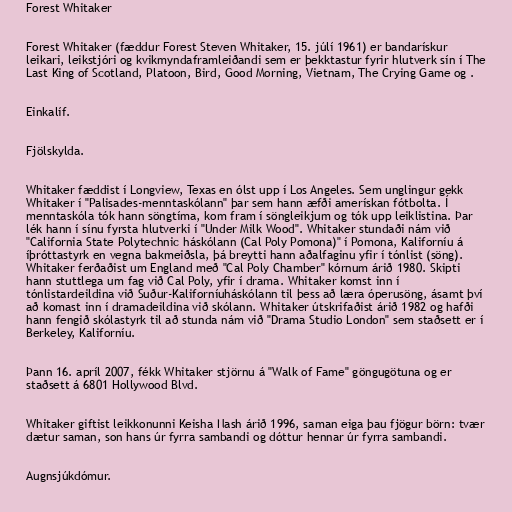
Forest Whitaker

Forest Whitaker (fæddur Forest Steven Whitaker, 15. júlí 1961) er bandarískur
leikari, leikstjóri og kvikmyndaframleiðandi sem er þekktastur fyrir hlutverk sín í The
Last King of Scotland, Platoon, Bird, Good Morning, Vietnam, The Crying Game og .

Einkalíf.

Fjölskylda.

Whitaker fæddist í Longview, Texas en ólst upp í Los Angeles. Sem unglingur gekk
Whitaker í "Palisades-menntaskólann" þar sem hann æfði amerískan fótbolta. Í
menntaskóla tók hann söngtíma, kom fram í söngleikjum og tók upp leiklistina. Þar
lék hann í sínu fyrsta hlutverki í "Under Milk Wood". Whitaker stundaði nám við
"California State Polytechnic háskólann (Cal Poly Pomona)" í Pomona, Kaliforníu á
íþróttastyrk en vegna bakmeiðsla, þá breytti hann aðalfaginu yfir í tónlist (söng).
Whitaker ferðaðist um England með "Cal Poly Chamber" kórnum árið 1980. Skipti
hann stuttlega um fag við Cal Poly, yfir í drama. Whitaker komst inn í
tónlistardeildina við Suður-Kaliforníuháskólann til þess að læra óperusöng, ásamt því
að komast inn í dramadeildina við skólann. Whitaker útskrifaðist árið 1982 og hafði
hann fengið skólastyrk til að stunda nám við "Drama Studio London" sem staðsett er í
Berkeley, Kaliforníu.

Þann 16. apríl 2007, fékk Whitaker stjörnu á "Walk of Fame" göngugötuna og er
staðsett á 6801 Hollywood Blvd.

Whitaker giftist leikkonunni Keisha Nash árið 1996, saman eiga þau fjögur börn: tvær
dætur saman, son hans úr fyrra sambandi og dóttur hennar úr fyrra sambandi.

Augnsjúkdómur.